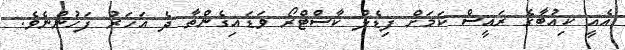
އެއީ ކިއުބާގެ ރައީސް ކަމަށް ފިޑެލް ކާސްޓްރޯ ވަޑައިގެންތާ ދެ އަހަރު ފަހުންނެވެ.